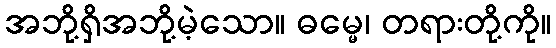
အဘို့ရှိအဘို့မဲ့သော။ ဓမ္မေ၊ တရားတို့ကို။